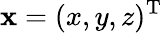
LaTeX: {\mathbf x}=(x,y,z)^{{\mathrm T}}